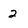
Character: 2